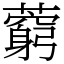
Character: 藭